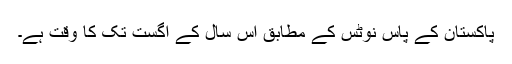
پاکستان کے پاس نوٹس کے مطابق اس سال کے اگست تک کا وقت ہے۔